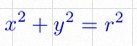
x^2+y^2=r^2